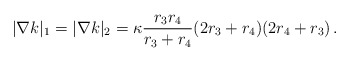
\begin{align*}|\nabla k|_{1} =|\nabla k|_2 = \kappa \frac{r_3 r_4}{r_3 + r_4}(2 r_3 + r_4)(2 r_4 + r_3)\,.\end{align*}